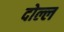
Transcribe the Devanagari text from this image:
दोल्ल